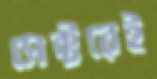
সেক্টরেই